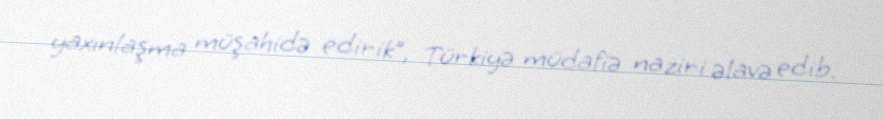
yaxınlaşma müşahidə edirik”, Türkiyə müdafiə naziri əlavə edib.